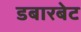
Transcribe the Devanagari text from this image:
डबारबेट